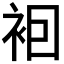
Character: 𧙊